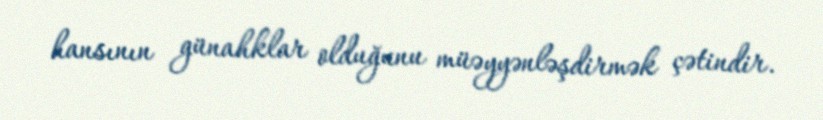
hansının günahklar olduğunu müəyyənləşdirmək çətindir.